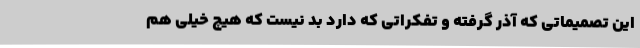
این تصمیماتی که آذر گرفته و تفکراتی که دارد بد نیست که هیچ خیلی هم